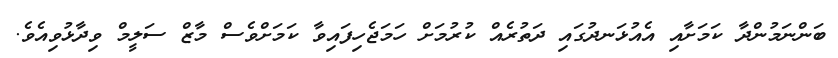
ބަންނަމުންދާ ކަމަށާއި އެއުޅަނދުގައި ދަތުރެއް ކުރުމަށް ހަމަޖެހިފައިވާ ކަމަށްވެސް މާޒް ސަލީމް ވިދާޅުވިއެވެ.